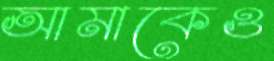
আমাকেও